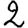
Digit: 2